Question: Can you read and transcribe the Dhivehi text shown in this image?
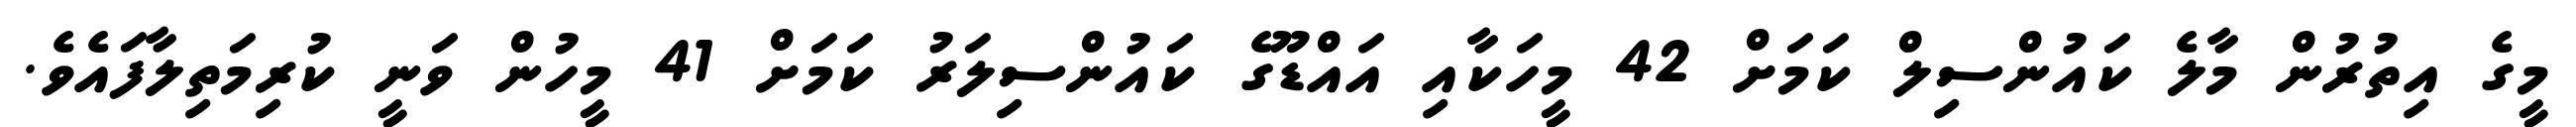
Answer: މީގެ އިތުރުން މާލެ ކައުންސިލް ކަމަށް 42 މީހަކާއި އައްޑޫގެ ކައުންސިލަރު ކަމަށް 41 މީހުން ވަނީ ކުރިމަތިލާފައެވެ.